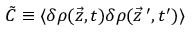
\tilde { C } \equiv \langle \delta \rho ( \vec { z } , t ) \delta \rho ( \vec { z } \, ^ { \prime } , t ^ { \prime } ) \rangle